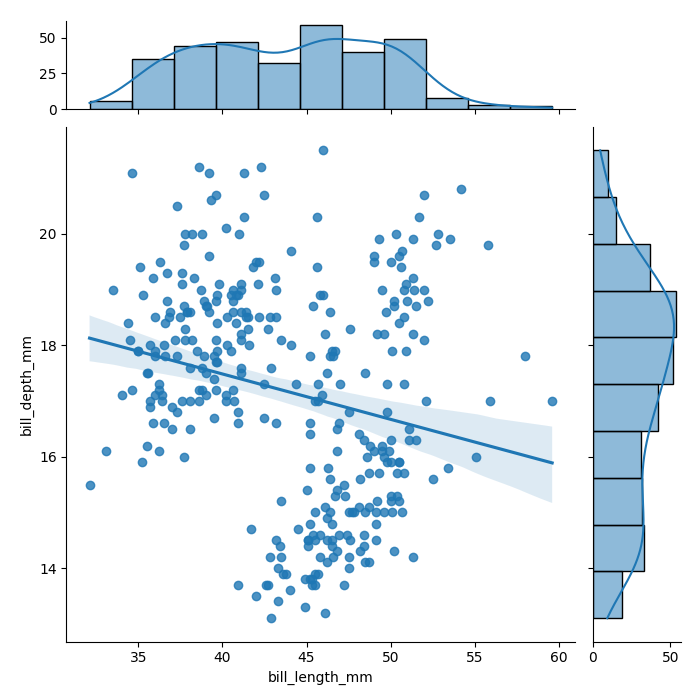
python, seaborn, jointplot, kind='reg', height='7', ratio='5', marginal_ticks='True'